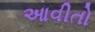
આવીતો